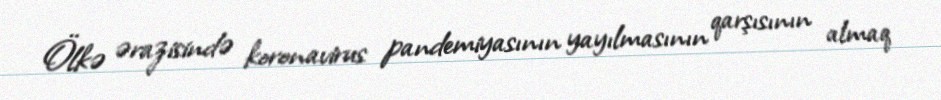
Ölkə ərazisində koronavirus pandemiyasının yayılmasının qarşısının almaq